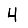
Digit: 4